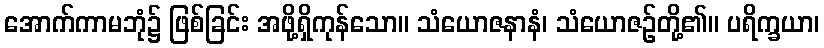
အောက်ကာမဘုံ၌ ဖြစ်ခြင်း အဖို့ရှိကုန်သော။ သံယောဇနာနံ၊ သံယောဇဉ်တို့၏။ ပရိက္ခယာ၊